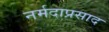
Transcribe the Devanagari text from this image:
नर्मदाप्रसाद